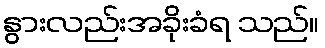
နွားလည်းအခိုးခံရ သည်။